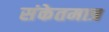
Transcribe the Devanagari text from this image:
संकेतमात्र